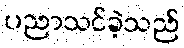
ပညာသင်ခဲ့သည်